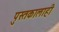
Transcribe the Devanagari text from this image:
पुस्तकालाही